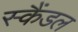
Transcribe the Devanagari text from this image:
स्‍कैंडल